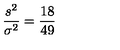
\frac { s ^ { 2 } } { \sigma ^ { 2 } } = \frac { 1 8 } { 4 9 }